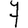
Digit: 7